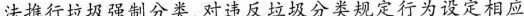
法推行垃圾强制分类，对违反垃圾分类规定行为设定相应